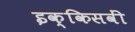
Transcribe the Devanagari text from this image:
इक्किसवीं